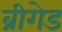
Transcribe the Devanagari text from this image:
ब्रीगेड